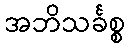
အဘိသင်္ခစ္စ